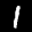
Label: 1